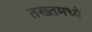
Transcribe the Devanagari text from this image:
तख्तमध्ये